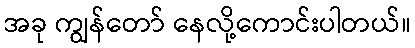
အခု ကျွန်တော် နေလို့ကောင်းပါတယ်။